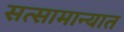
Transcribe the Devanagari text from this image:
सत्सामान्यात